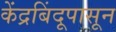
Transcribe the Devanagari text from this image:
केंद्रबिंदूपासून